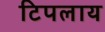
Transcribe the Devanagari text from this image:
टिपलाय